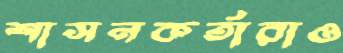
শাসনকর্তারাও